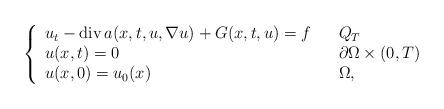
LaTeX: \begin{align*}\left\{\begin{array}[c]{lll}u_{t}-\operatorname{div}a(x,t,u,\nabla u)+G(x,t,u)=f & & Q_{T}\\u(x,t)=0 & & \partial\Omega\times\left( 0,T\right) \\u(x,0)=u_{0}(x) & & \Omega,\end{array}\right. \end{align*}